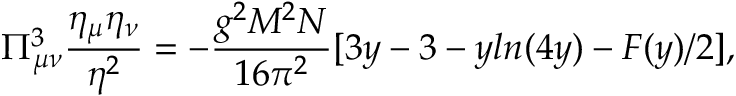
\Pi _ { \mu \nu } ^ { 3 } \frac { \eta _ { \mu } \eta _ { \nu } } { \eta ^ { 2 } } = - \frac { g ^ { 2 } M ^ { 2 } N } { 1 6 \pi ^ { 2 } } [ 3 y - 3 - y l n ( 4 y ) - F ( y ) / 2 ] ,